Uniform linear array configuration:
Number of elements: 32
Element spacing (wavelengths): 0.5
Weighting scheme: kaiser
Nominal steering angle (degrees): -30
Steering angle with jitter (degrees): -30.49
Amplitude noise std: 0.05
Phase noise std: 0.05

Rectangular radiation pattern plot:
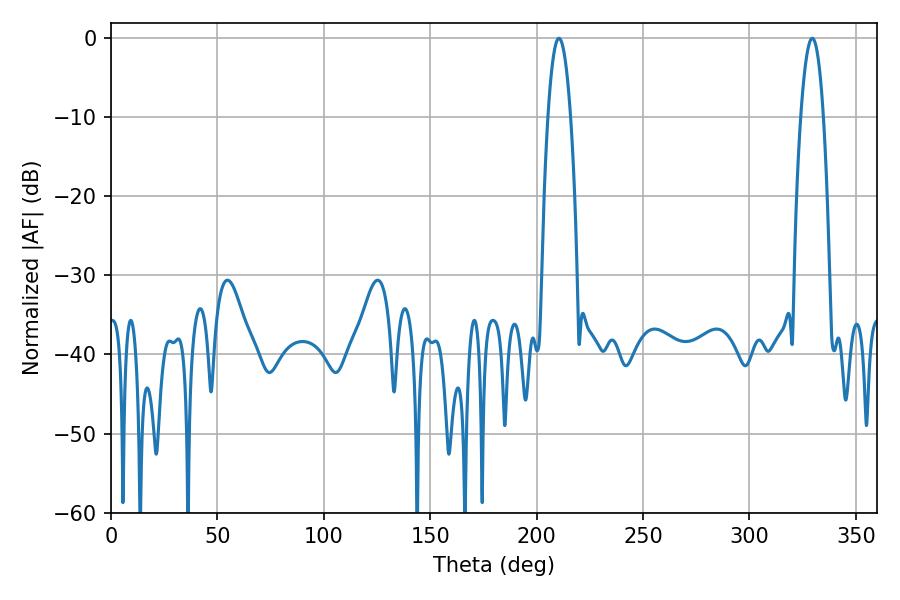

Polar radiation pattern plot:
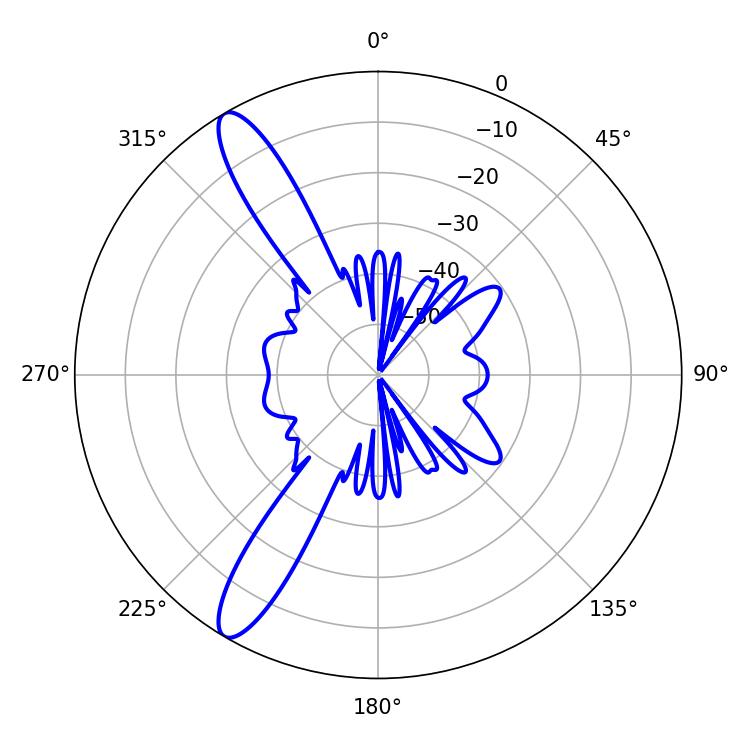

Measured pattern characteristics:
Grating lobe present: FALSE
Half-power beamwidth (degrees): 5.94
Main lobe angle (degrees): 210.42